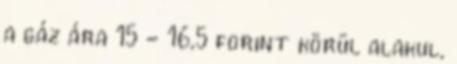
a gáz ára 15 - 16,5 forint körül alakul,